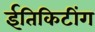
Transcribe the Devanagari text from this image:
ईतिकिटींग